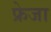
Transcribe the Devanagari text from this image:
फ्रेजा